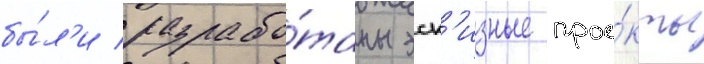
бы́л'и разрабо́таны эск'изные прое́кты